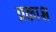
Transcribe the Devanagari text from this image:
प्रकाश्न